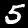
Label: 5